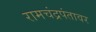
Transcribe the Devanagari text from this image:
रामचंद्रपंतावर